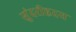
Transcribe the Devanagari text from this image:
सुंदरीहृदय